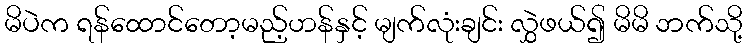
မိပဲက ရန်ထောင်တော့မည့်ဟန်နှင့် မျက်လုံးချင်း လွှဲဖယ်၍ မိမိ ဘက်သို့